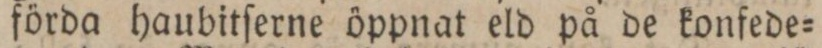
förda haubitſerne öppnat eld på de konfede=